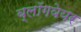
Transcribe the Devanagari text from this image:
ब्लॉगवेयर